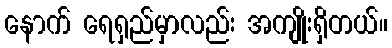
နောက် ရေရှည်မှာလည်း အကျိုးရှိတယ်။